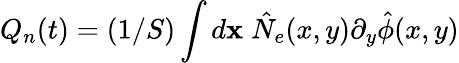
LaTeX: Q_{n}(t)=(1/S)\int d{\mathbf x}\; \hat{N}_{e}(x,y)\partial_{y}\hat{\phi}(x,y)